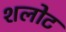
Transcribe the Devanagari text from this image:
शलोट